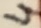
Text: 4